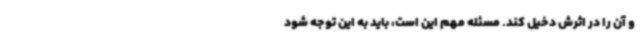
و آن‌ را در اثرش دخیل کند. مسئله مهم این است، باید به این توجه شود